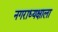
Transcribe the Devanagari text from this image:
नगराध्यक्षाला